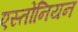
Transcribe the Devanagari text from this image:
एस्तोंनियन